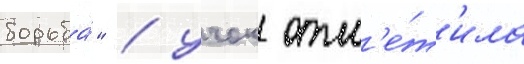
борьба́" / учок отм'е́т'ила